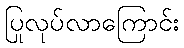
ပြုလုပ်လာကြောင်း